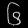
Digit: ၆